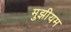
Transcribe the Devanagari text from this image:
मुझीयम